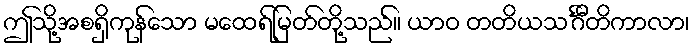
ဤသို့အစရှိကုန်သော မထေရ်မြတ်တို့သည်။ ယာဝ တတိယသင်္ဂီတိကာလာ၊